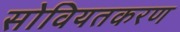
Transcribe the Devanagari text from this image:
सोवियतकरण